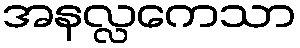
အနလ္လကေသာ